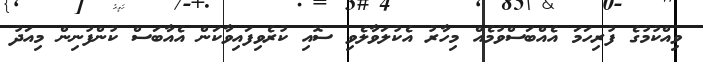
ވިއްކުމުގެ ފުރިހަމަ އެއްބަސްވުމެއް މިހާރު އެކުލަވާލެވި ސޮއި ކުރެވިފައިވާކަން އެއާބަސް ކުންފުނިން މިއަދު